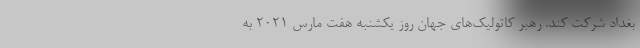
بغداد شرکت کند. رهبر کاتولیک‌های جهان روز یکشنبه هفت مارس ۲۰۲۱ به